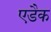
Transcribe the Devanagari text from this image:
एडैक